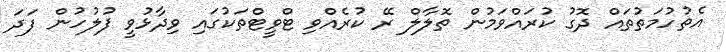
އެތުހުމަތުތައް ދޮގު ކުރައްވަމުން ތޮލާލް ރޭ ކުރެއްވި ޓްވީޓްތަކުގައި ވިދާޅުވީ ފުލުހުން ފަދަ